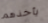
يأخذهم